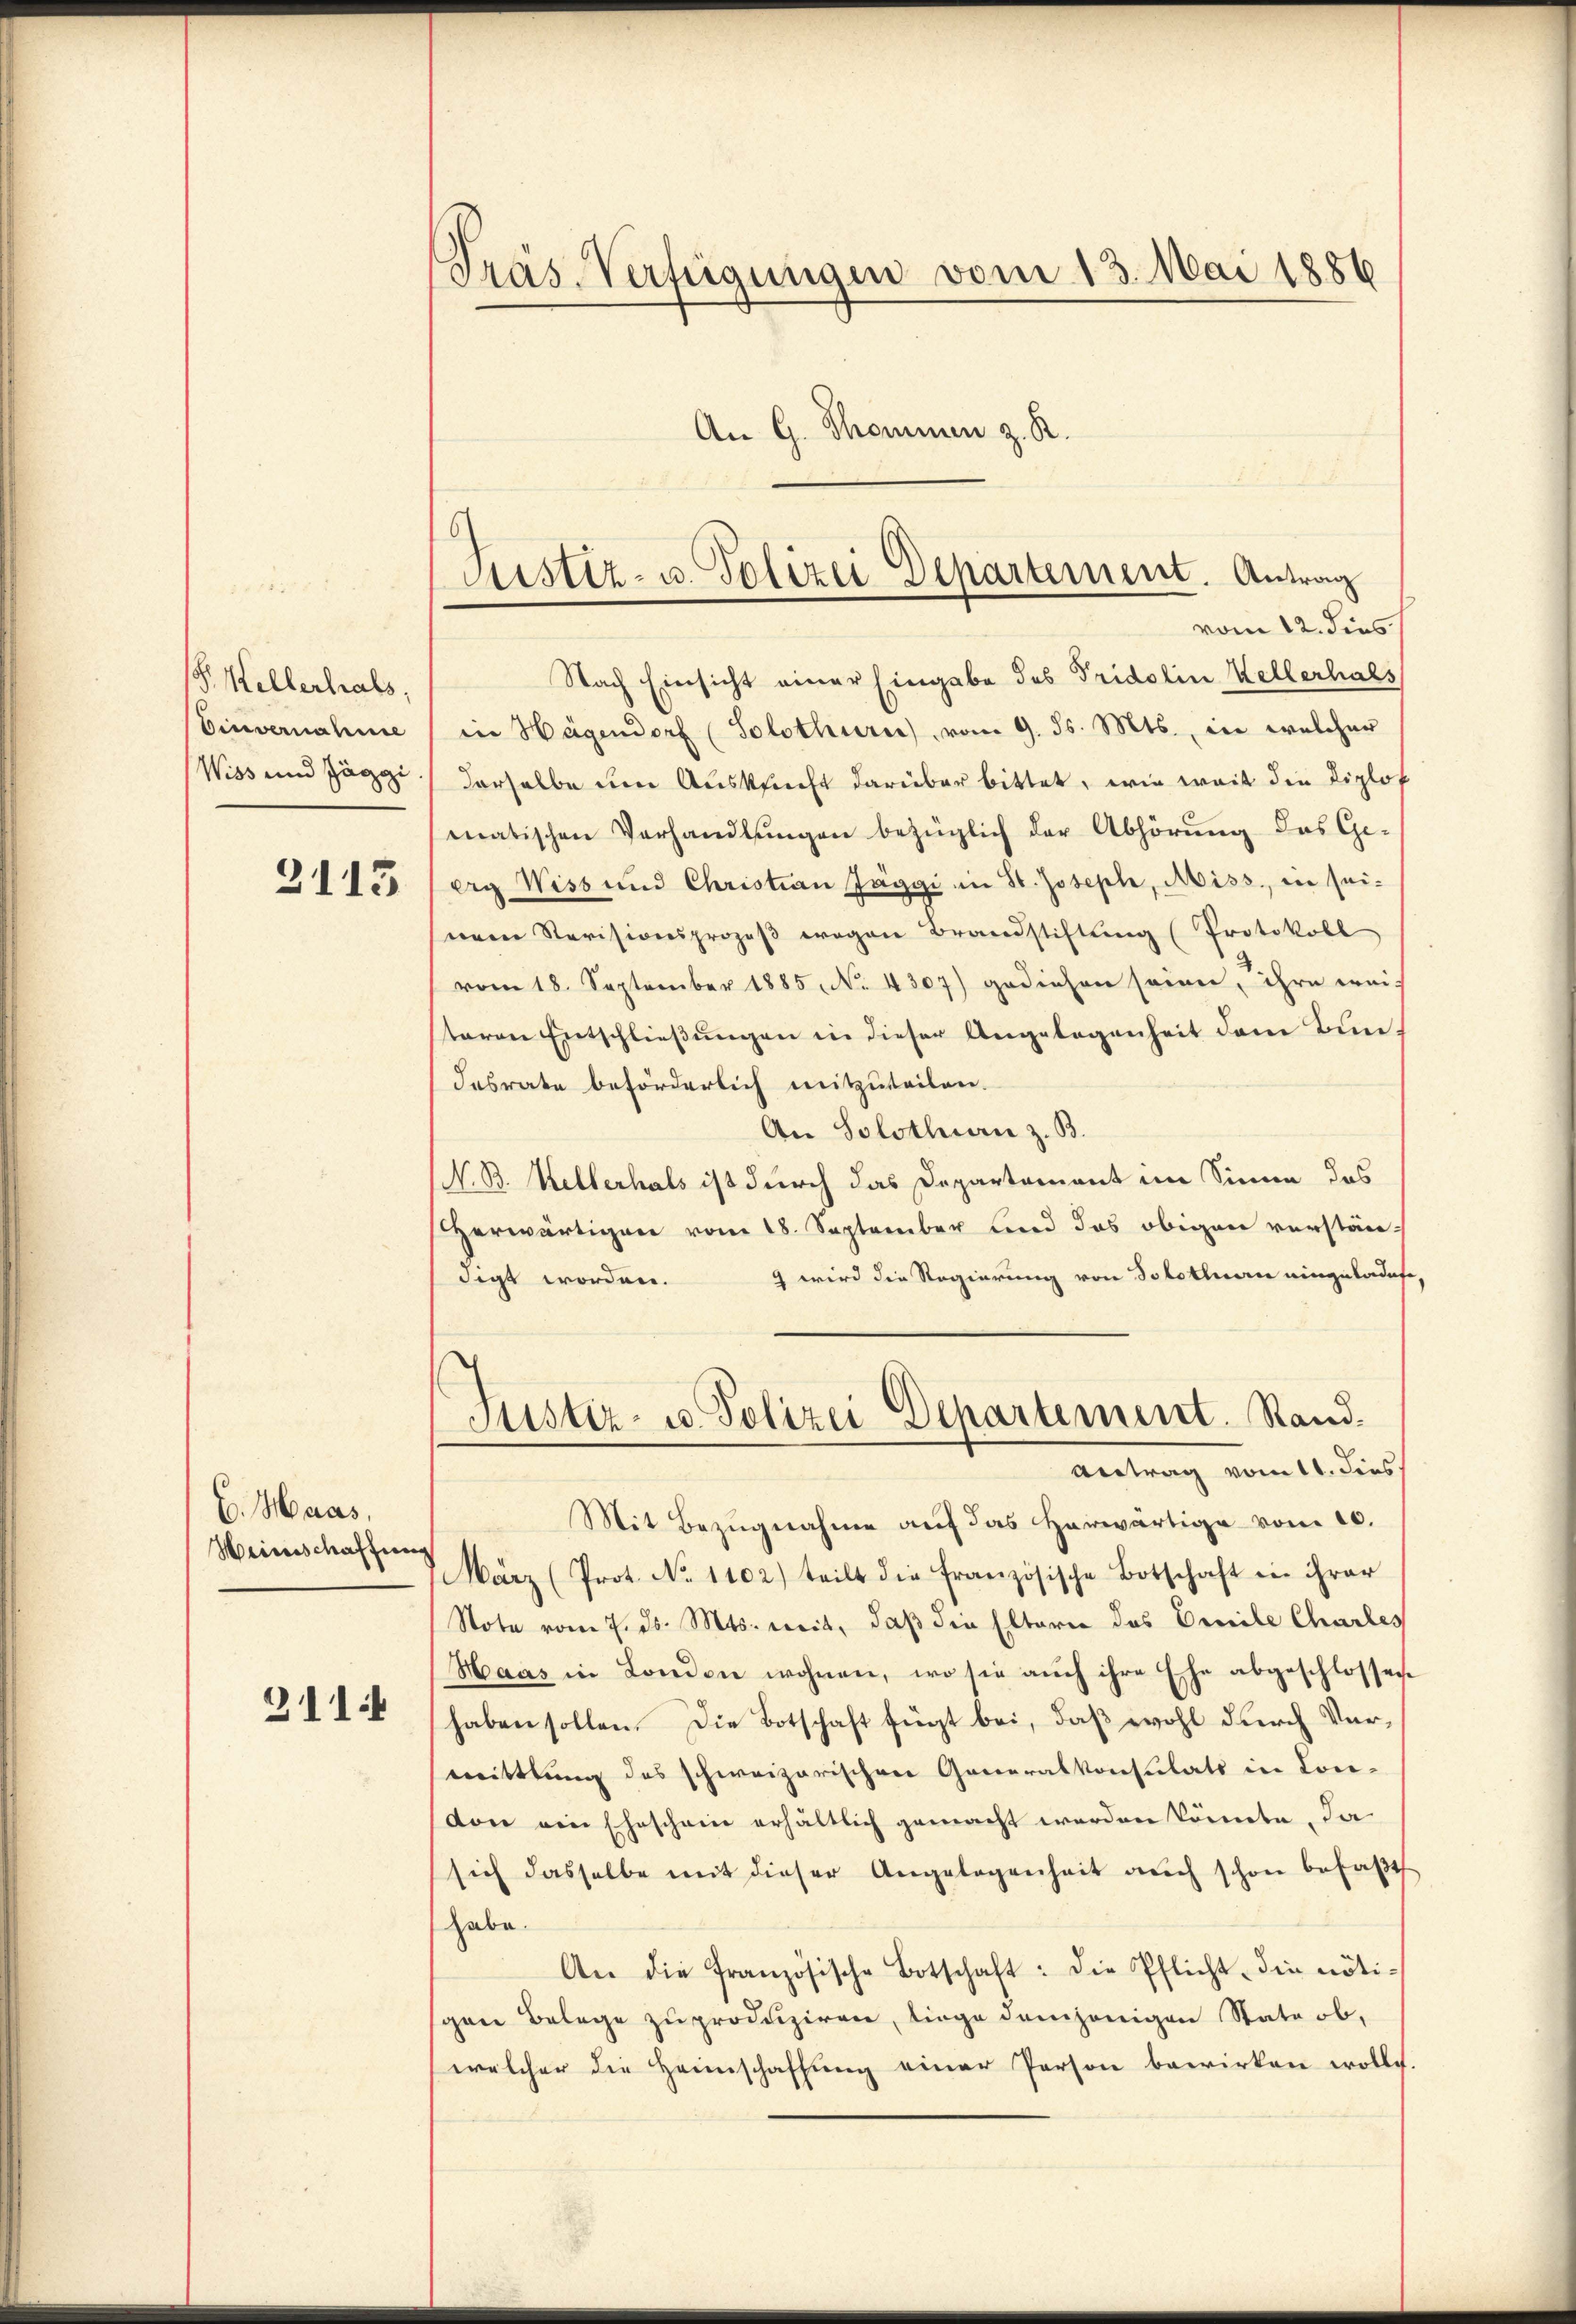
P. Kellerhals,
Einvernahme
Wiss und Jäggi

2115

C. Haas,
Weinschaffung

311.

Prás-Verfügungen vom 13. Mai 1886
An G. Thommen z. R.
e

Nach Einsicht einer Eingabe des Tridolin Kellerhals
in Hagendorf (Solothurn), vom 9. ds. Mts., in welcher
derselbe um Auskunft darüber bittet, wie weit die Diplof
matischen Verhandlungen bezüglich der Abhörung das Ge-
erg Wiss und Christian Jäggi in St. Joseph, Miss, in sei-
nem Revisionsprozeβ wegen Brandstiftŭng (Protokoll
vom 18. September 1885, No. 4307) gediehen seien, ihre weis
teren Entschließungen in dieser Angelegenheit dem Bundesrate beförderlich mitzuteilen.
An Solothurn z. B.
N. B. Kellerhals ist durch das Departement im Sinne das
Herwärtigen vom 18. September und das obigen verstäre.
9 wird die Regierung von Solothurn eingeladete,
digt worden.
Justiz- u. Polizei Departement. Rand.
Antrag vom 11. dies
Mit Bezŭgnahme auf das herwärtige vom 10.
März (Prot. No 1102) teilt die französische Botschaft in ihrer
Note vom 7. ds. Mts. weit, daß die Eltern das Civile Charles
Haas in Londen wohnen, wo sie auch ihre Ehe abgeschlossen
haben sollen. Die Botschaft fügt bei, daß wohl durch Vermittlung des schweizerischen Generalkonsulats in Lon-
von ein Eheschein erhältlich gemacht werden könnte, da
sich dasselbe mit dieser Angelegenheit aŭch schon befaβt
habe.
An die französische Botschaft: die Pflicht die nöti-
gen Belege zu produziren, liege demjenigen State ob,
welcher die Heimschaffung einer Person bewirken wolle.

Justiz- u. Polizei Departement. Antrag
vom 12. dies